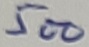
Text: 500